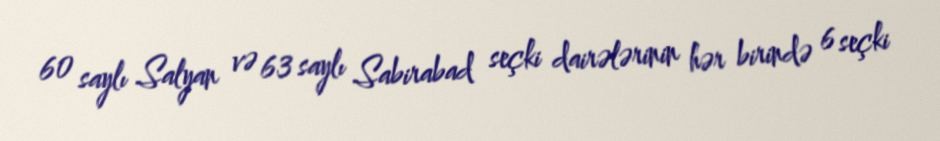
60 saylı Salyan və 63 saylı Sabirabad seçki dairələrinin hər birində 6 seçki